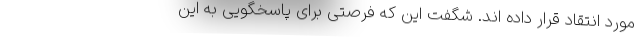
مورد انتقاد قرار داده اند. شگفت این که فرصتی برای پاسخگویی به این